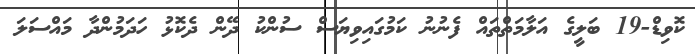
ކޮވިޑް-19 ބަލީގެ އަލާމަތްތައް ފެނުނު ކަމުގައިވިޔަސް ސުންކު ދޭން ދެކޮޅު ހަދަމުންދާ މައްސަލަ